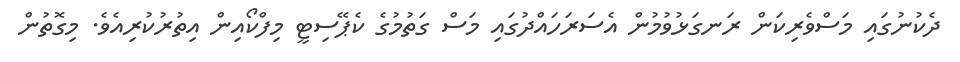
ދެކުނުގައި މަސްވެރިކަން ރަނގަޅުވުމުން އެސަރަހައްދުގައި މަސް ގަތުމުގެ ކެޕޭސިޓީ މިފްކޯއިން އިތުރުކުރިއެވެ. މިގޮތުން